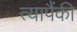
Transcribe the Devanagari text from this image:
त्यापैंकी